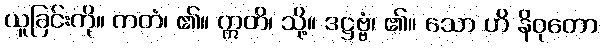
ယူခြင်းကို။ ကတံ၊ ၏။ ဣတိ၊ သို့။ ဒဋ္ဌဗ္ဗံ၊ ၏။ သော ဟိ နိဝုတော